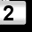
Digit: 2